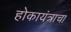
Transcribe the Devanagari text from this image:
होकायंत्राचा